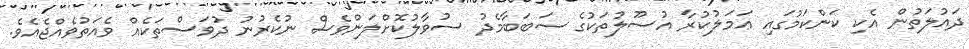
ދައުލަތުން އެކި ކަންކަމުގައި ޢަމަލުކުރާ އުސޫލުތަކުގެ ސަބަބާމެދު ސުވާލުކޮށްލަންވެސް ނުކެރުނު ދުވަސްތަކެއް ވެއަތުވެއްޖެއެވެ.